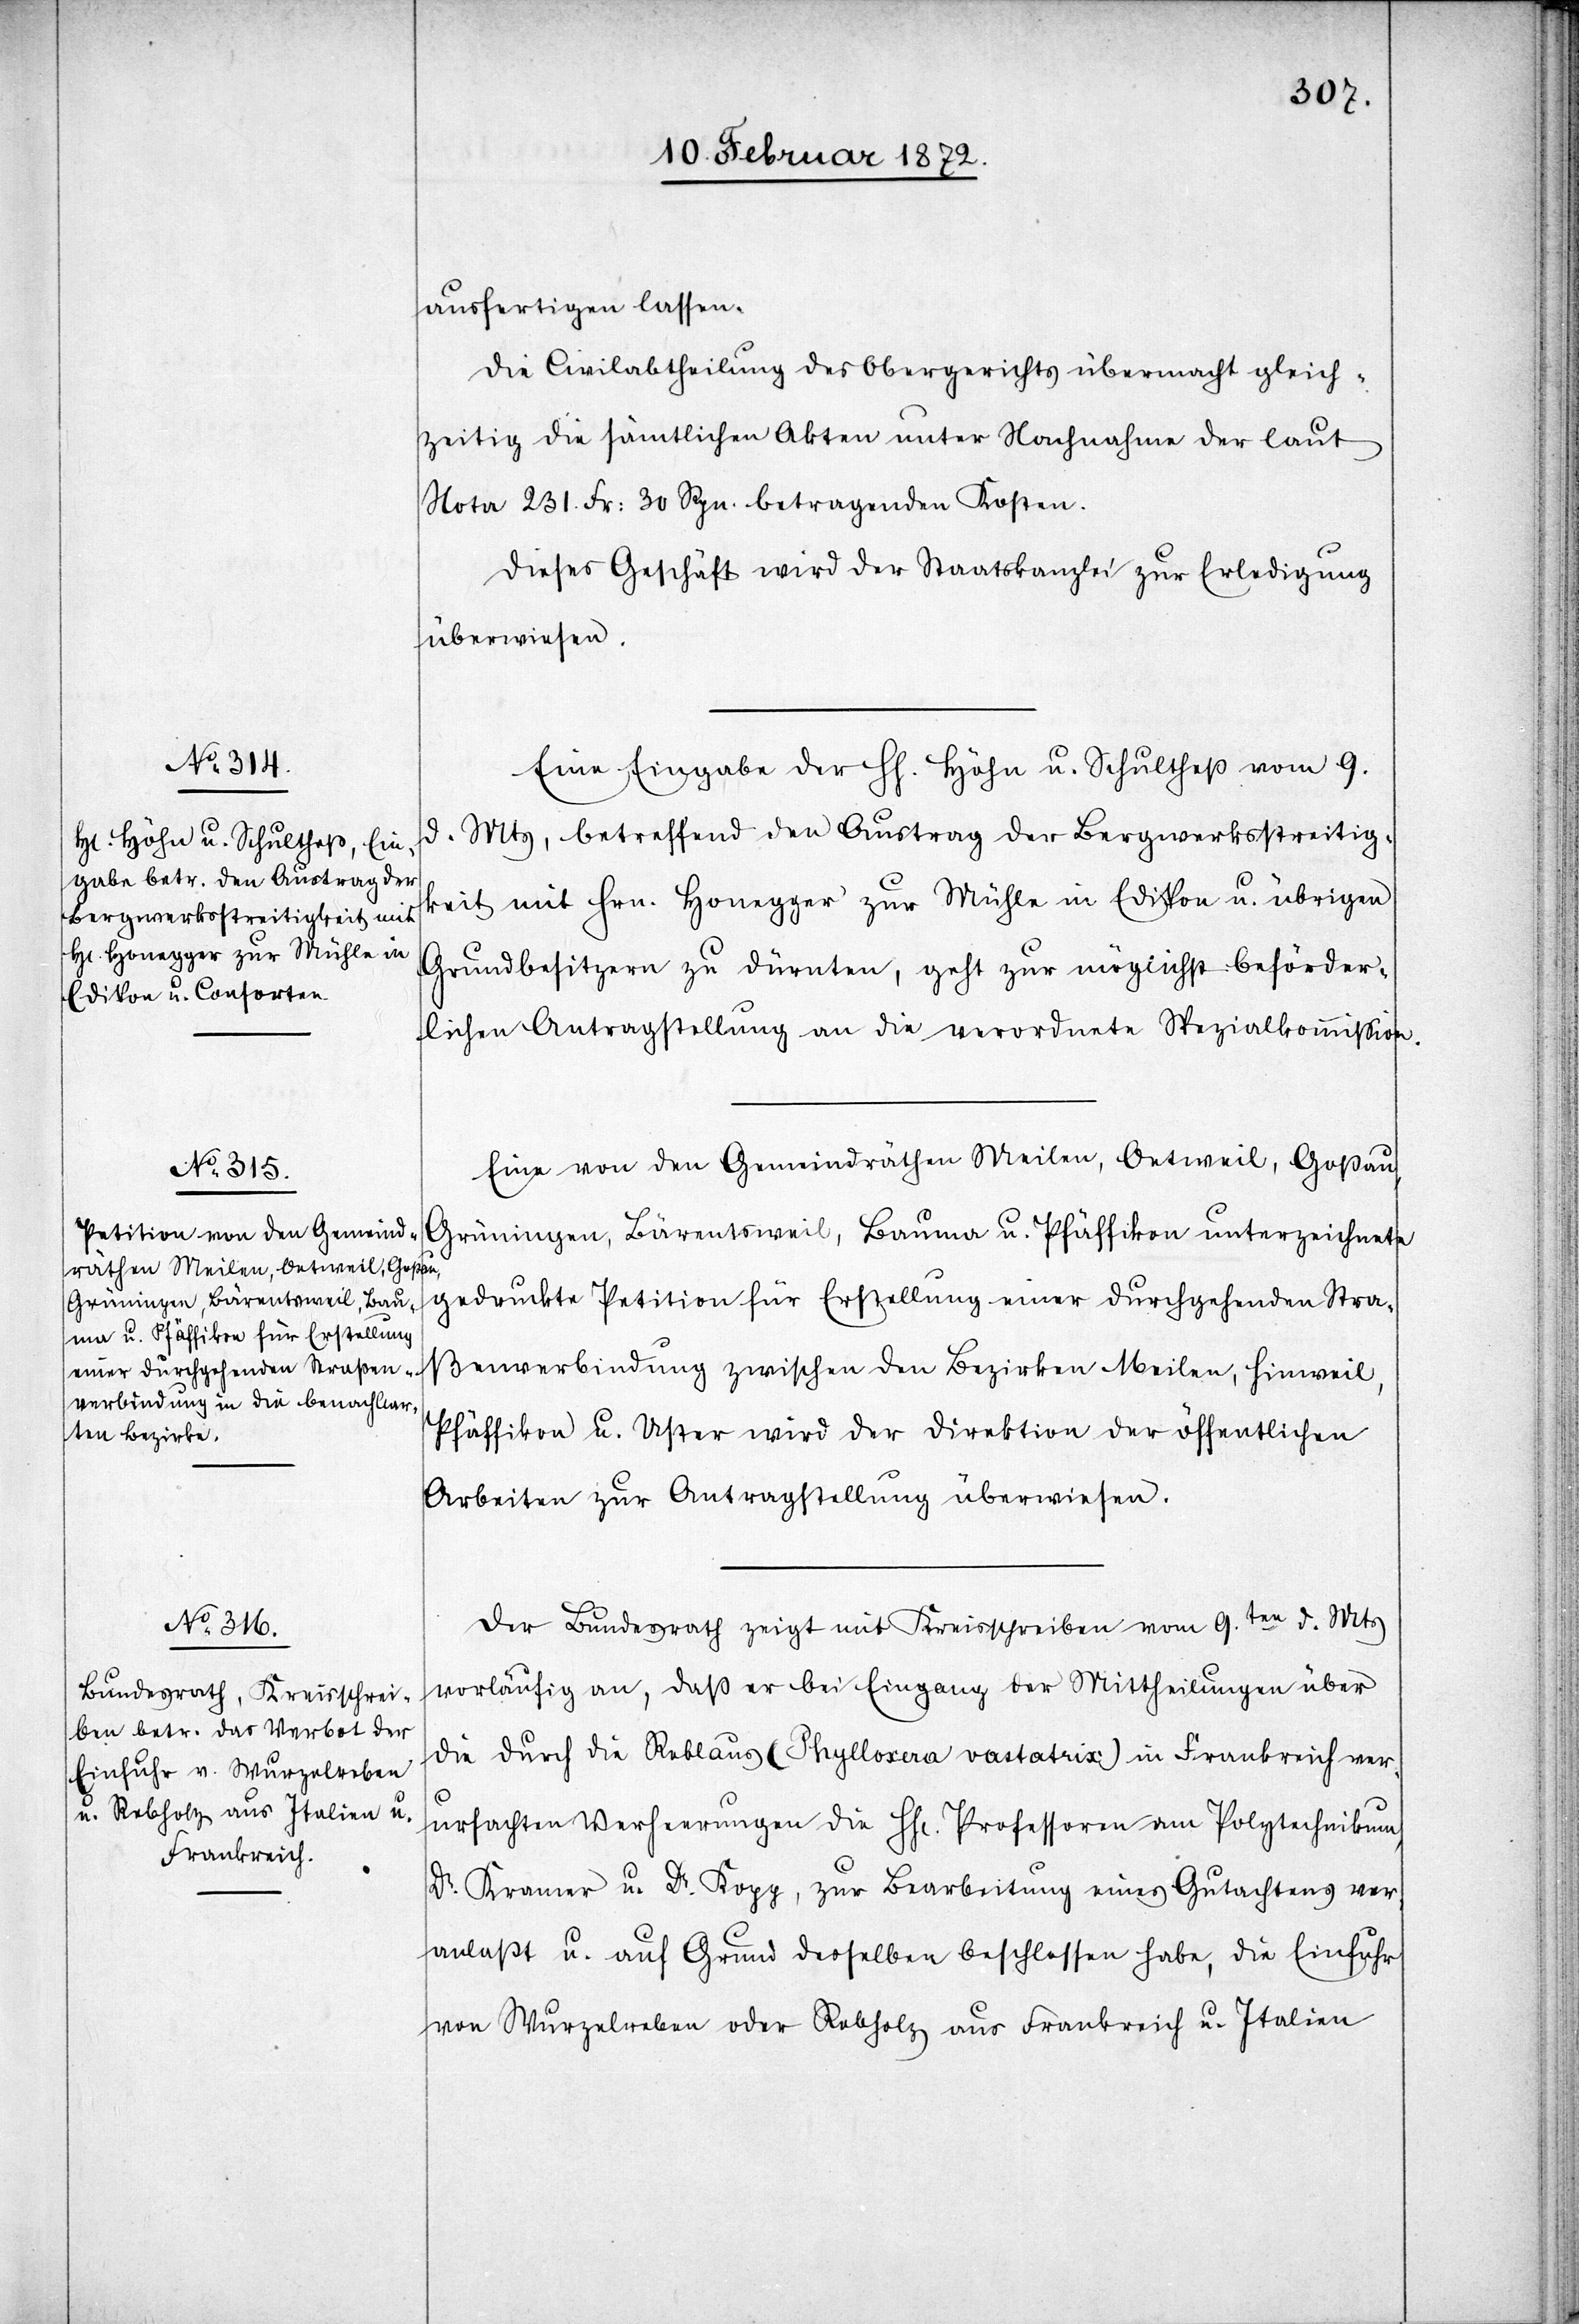
ausfertigen lassen.
Die Civilabtheilung des Obergerichts übermacht gleich¬
zeitig die sämtlichen Akten unter Nachnahme der laut
Nota 231. Fr. 30 Rpn. betragenden Kosten.
Dieses Geschäft wird der Staatskanzlei zur Erledigung
überwiesen.
Eine Eingabe der HH. Höhn u. Schultheß vom 9.
d. Mts, betreffend den Austrag der Bergwerksstreitig¬
keit mit Hrn. Honegger zur Mühle in Edikon u. übrigen
Grundbesitzern zu Dürnten, geht zur möglichst beförder¬
lichen Antragstellung an die verordnete Spezialkommission.
Eine von den Gemeindräthen Meilen, Oetweil, Goßau,
Grüningen, Bärentsweil, Bauma u. Pfäffikon unterzeichnete
gedruckte Petition für Erstellung einer durchgehenden Stra¬
ßenverbindung zwischen den Bezirken Meilen, Hinweil,
Pfäffikon u. Uster wird der Direktion der öffentlichen
Arbeiten zur Antragstellung überwiesen.
Der Bundesrath zeigt mit Kreisschreiben vom 9ten d. Mts
vorläufig an, daß er bei Eingabe der Mittheilungen über
die durch die Reblaus (Phylloxera vastatrix) in Frankreich ver¬
ursachten Verheerungen die HHr. Professoren am Polytechnikum,
Dr. Kramer u. Dr. Kopp, zur Bearbeitung eines Gutachtens ver¬
anlaßt u. auf Grund desselben beschlossen habe, die Einfuhr
von Wurzelreben oder Rebholz aus Frankreich u. Italien